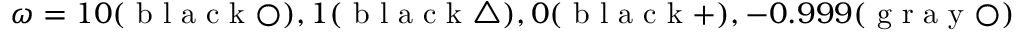
\omega = 1 0 ( \mathrm { ~ b ~ l ~ a ~ c ~ k ~ } \bigcirc ) , 1 ( \mathrm { ~ b ~ l ~ a ~ c ~ k ~ } \bigtriangleup ) , 0 ( \mathrm { ~ b ~ l ~ a ~ c ~ k ~ } + ) , - 0 . 9 9 9 ( \mathrm { ~ g ~ r ~ a ~ y ~ } \bigcirc )